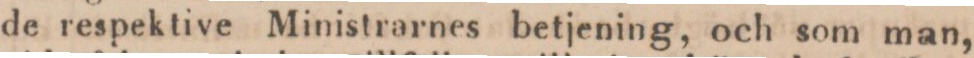
de respektive Ministrarnes betjening, och som man,